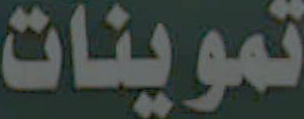
تموينات